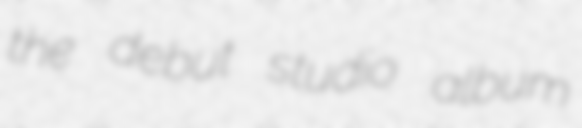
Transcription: the debut studio album